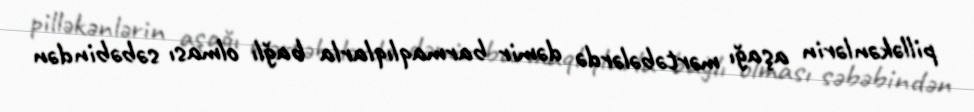
pilləkənlərin aşağı mərtəbələrdə dəmir barmaqlıqlarla bağlı olması səbəbindən